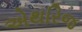
એથરિજ